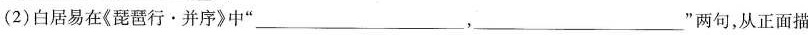
(2)白居易在《琵琶行·并序》中”___，___”两句，从正面描